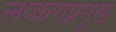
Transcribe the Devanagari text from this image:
लष्कराप्रमुख